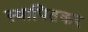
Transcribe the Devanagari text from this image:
स्थापितकर